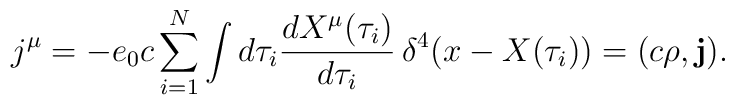
j^\mu=-e_0 c \sum_{i=1}^N \int d\tau_i \frac{dX^\mu(\tau_i)}{d\tau_i} \, \delta^4 (x-X(\tau_i))= (c \rho, {\mathbf j}).